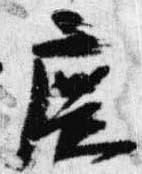
広